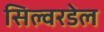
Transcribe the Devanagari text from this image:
सिल्वरडेल